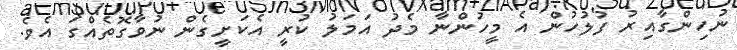
ނުހިންގާއިރު ފުލުހުން އެ މީހުންނާ މެދު އަމަލު ކުރީ އެކަށީގެން ނުވާގޮތެއްގަ އެވެ.